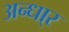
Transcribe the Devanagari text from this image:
अन्धा्र